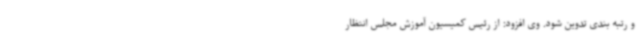
و رتبه بندی تدوین شود. وی افزود: از رئیس کمیسیون آموزش مجلس انتظار